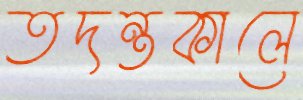
তদন্তকালে